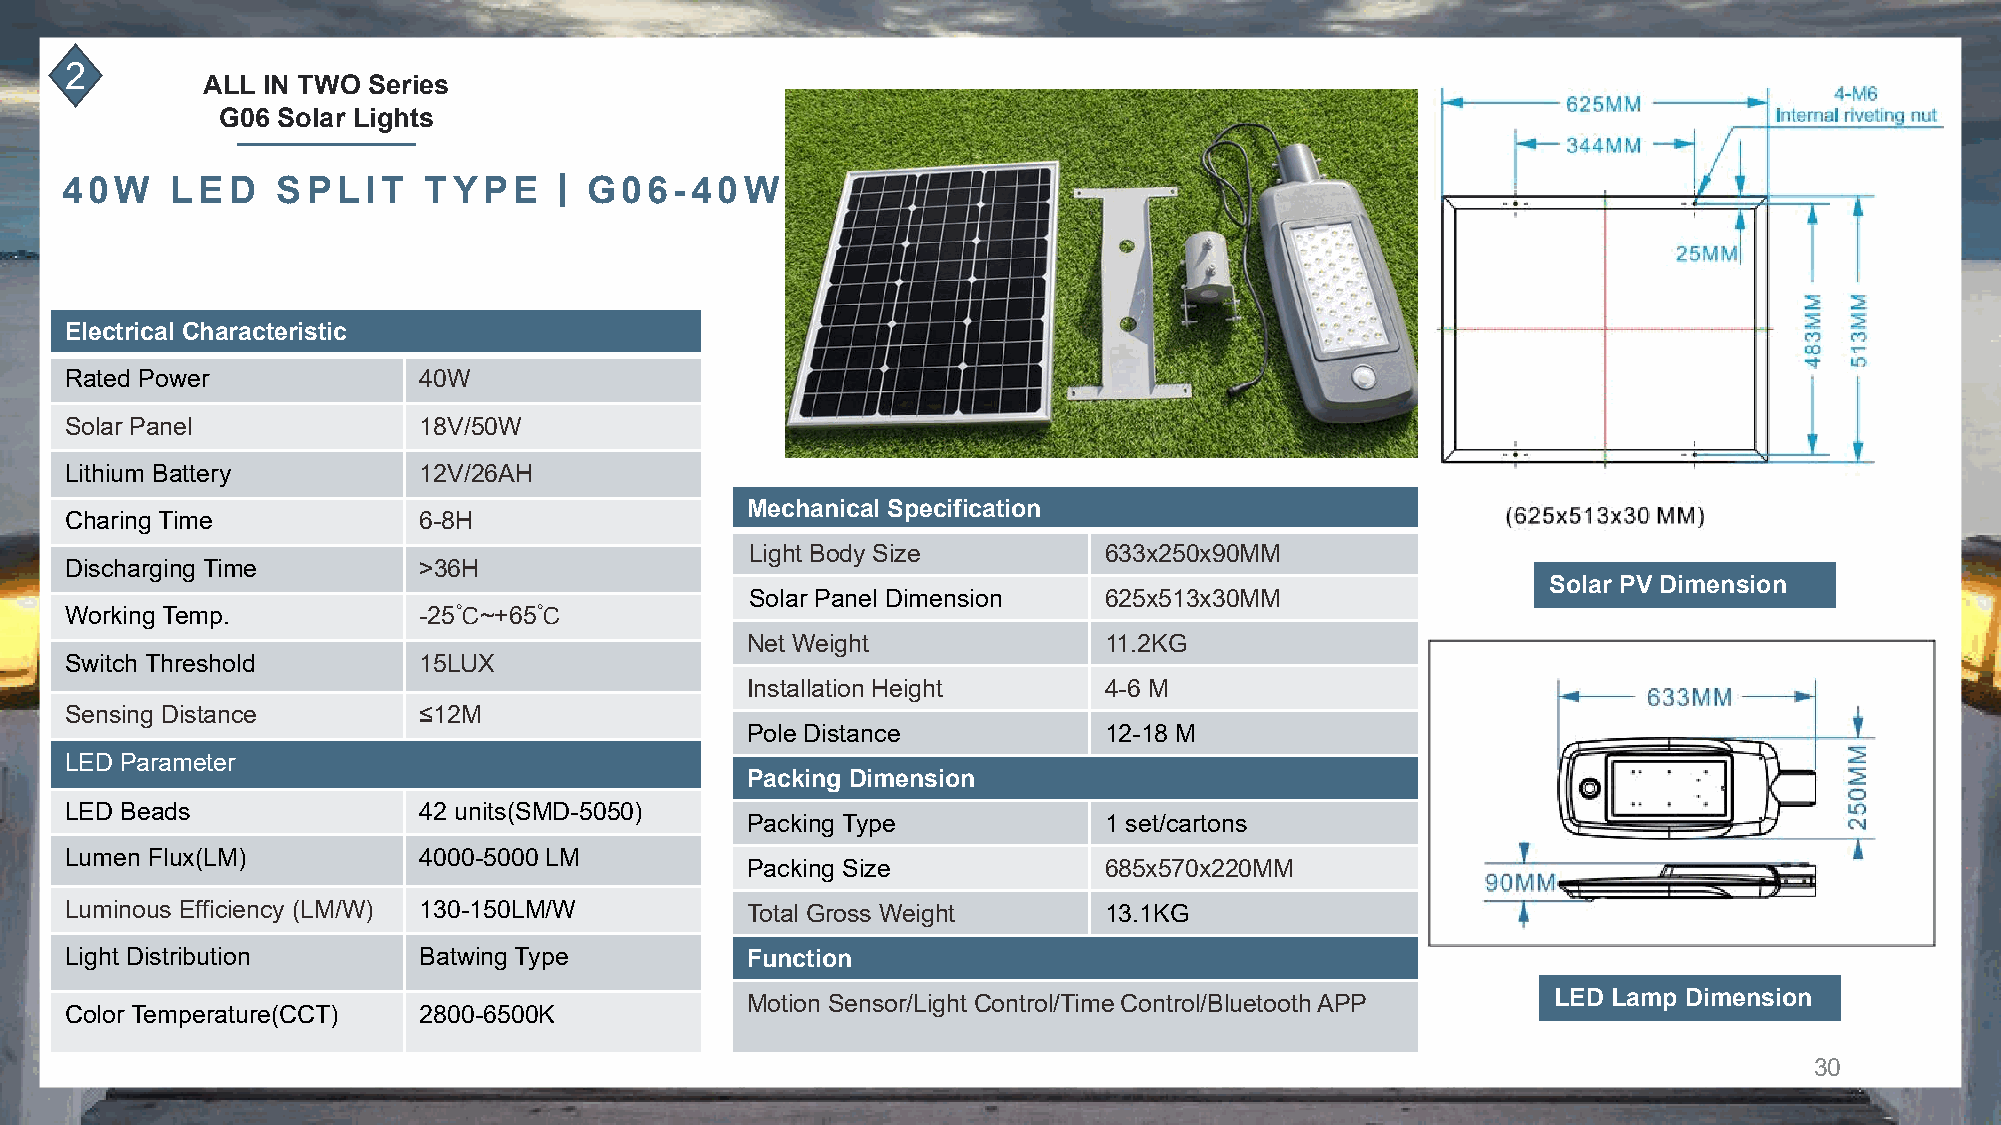
2
 ALL IN TWO Series
 G06 Solar Lights
 丨
 40W    LED    SPLIT     TYPE       G06-40W
 Electrical Characteristic
 Rated Power             40W
 Solar Panel             18V/50W
 Lithium Battery         12V/26AH
 Mechanical Specification
 Charing Time            6-8H
 Light Body Size        633x250x90MM
 Discharging Time        >36H
 Solar PV Dimension
 Solar Panel Dimension  625x513x30MM
 Working Temp.           -25℃~+65℃
 Net Weight              11.2KG
 Switch Threshold        15LUX
 Installation Height     4-6 M
 Sensing Distance        ≤12M
 Pole Distance           12-18 M
 LED Parameter
 Packing Dimension
 LED Beads               42 units(SMD-5050)
 Packing Type            1 set/cartons
 Lumen Flux(LM)          4000-5000 LM
 Packing Size            685x570x220MM
 Luminous Efficiency (LM/W) 130-150LM/W       Total Gross Weight      13.1KG
 Light Distribution      Batwing Type         Function
 Motion Sensor/Light Control/Time Control/Bluetooth APP LED Lamp Dimension
 Color Temperature(CCT)  2800-6500K
 30